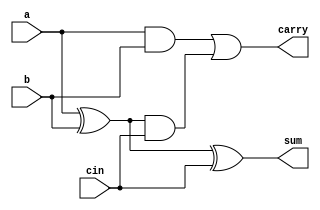
module fa(input a,b,cin,output sum,carry);
assign sum=a^b^cin;
assign carry=(a&b)|(a^b)&cin;
endmodule


module pa(a,b,cin,s,cout);
input [3:0]a,b;
input cin;
output [3:0]s;
output cout;
wire [3:1]c;

fa c0(a[0],b[0],cin,s[0],c[1]);
fa c1(a[1],b[1],c[1],s[1],c[2]);
fa c2(a[2],b[2],c[2],s[2],c[3]);
fa c3(a[3],b[3],c[3],s[3],cout);
endmodule